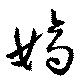
嫡